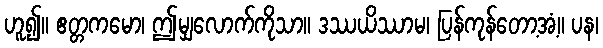
ဟူ၍။ ဧတ္တကမော၊ ဤမျှလောက်ကိုသာ။ ဒဿယိဿာမ၊ ပြန်ကုန်တော့အံ့။ ပန၊